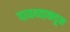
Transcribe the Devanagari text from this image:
पायथ्याकडून